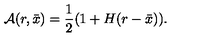
{ \cal A } ( r , \bar { x } ) = { \frac { 1 } { 2 } } ( 1 + H ( r - \bar { x } ) ) .